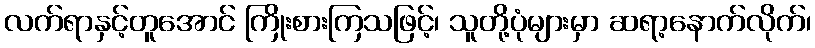
လက်ရာနှင့်တူအောင် ကြိုးစားကြသဖြင့်၊ သူတို့ပုံများမှာ ဆရာ့နောက်လိုက်၊